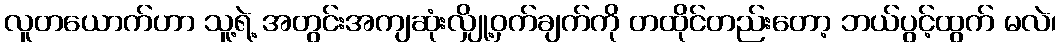
လူတယောက်ဟာ သူ့ရဲ့ အတွင်းအကျဆုံးလျှို့ဝှက်ချက်ကို တထိုင်တည်းတော့ ဘယ်ပွင့်ထွက် မလဲ၊